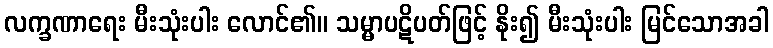
လက္ခဏာရေး မီးသုံးပါး လောင်၏။ သမ္မာပဋိပတ်ဖြင့် နိုး၍ မီးသုံးပါး မြင်သောအခါ